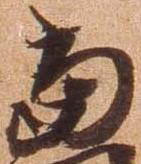
当